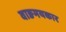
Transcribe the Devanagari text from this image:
वाङमयकार